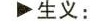
生义: